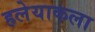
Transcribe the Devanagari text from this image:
हलेयाकला